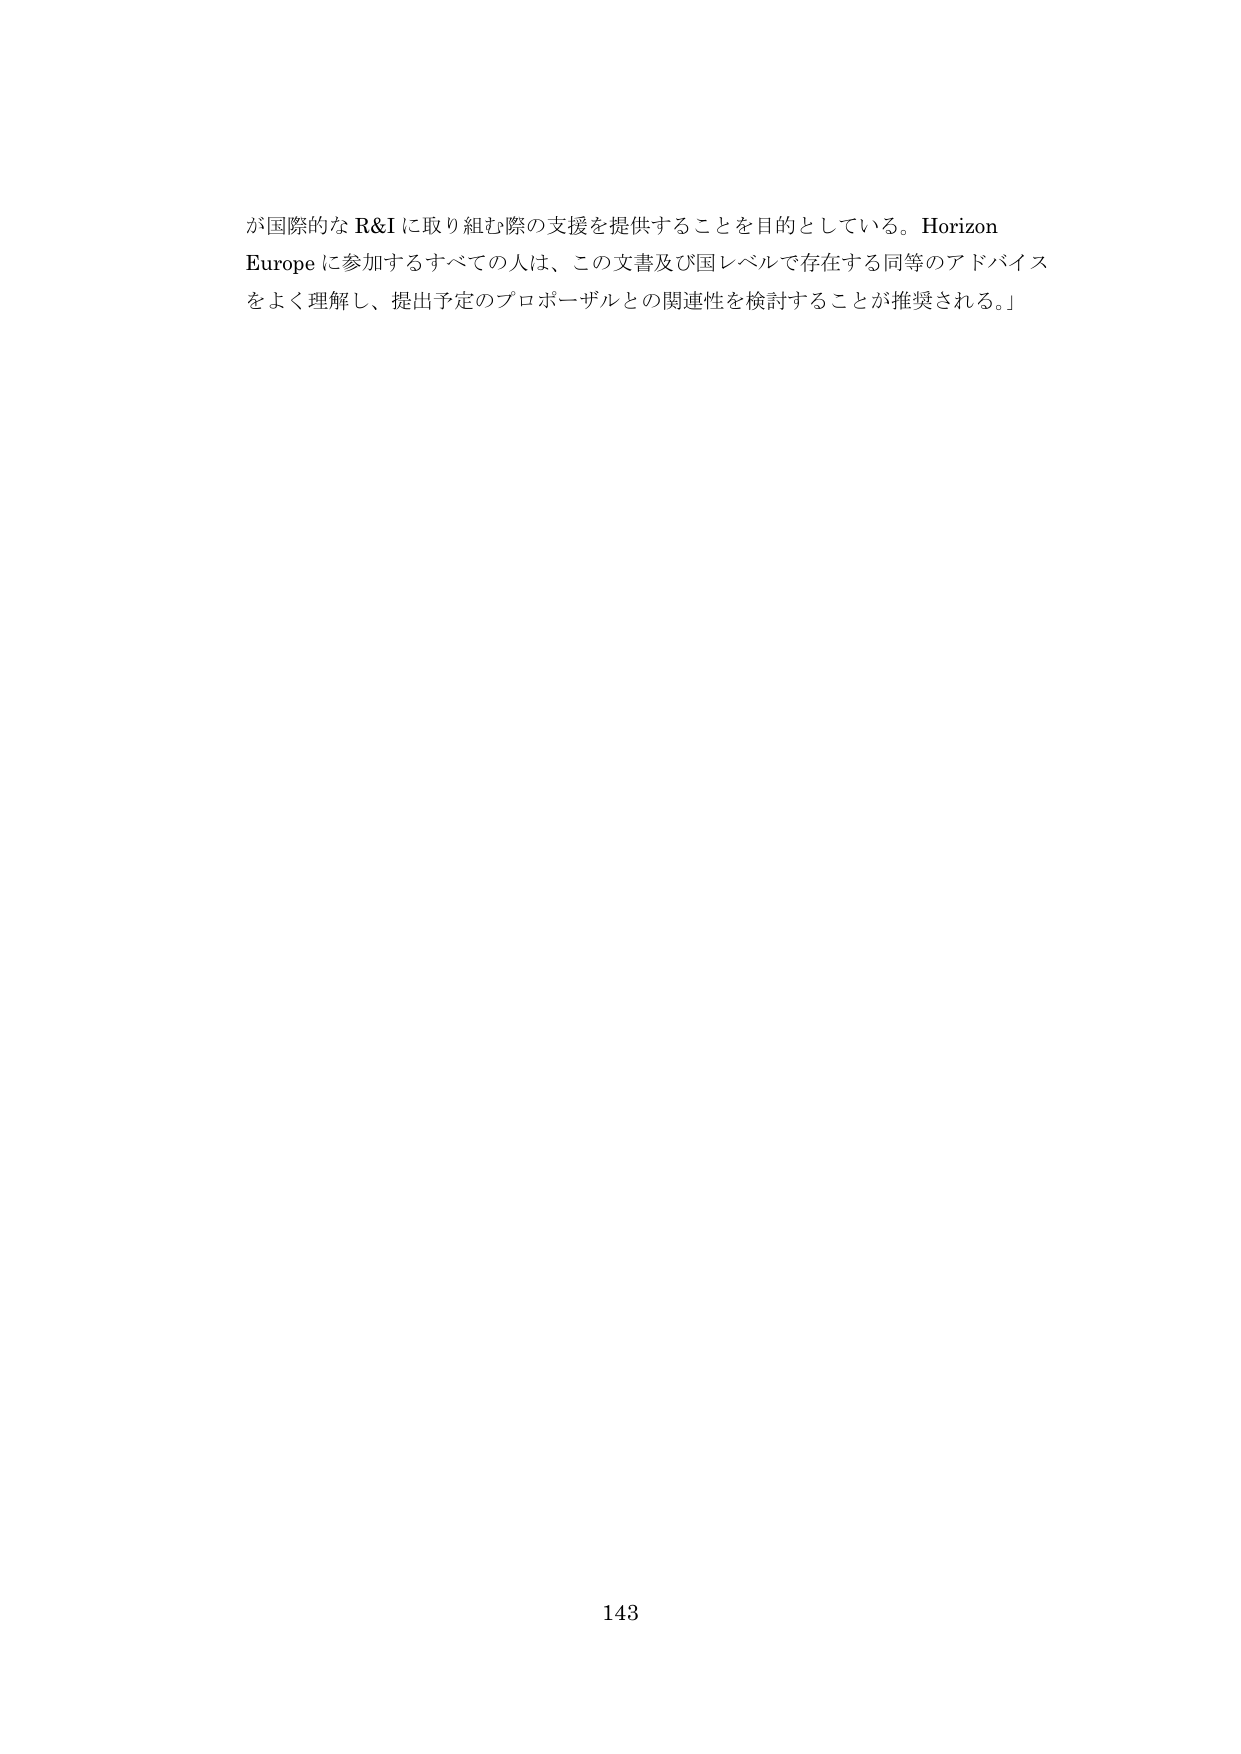
が国際的な R&I に取り組む際の支援を提供することを目的としている。Horizon Europe に参加するすべての人は、この文書及び国レベルで存在する同等のアドバイスをよく理解し、提出予定のプロポーザルとの関連性を検討することが推奨される。」

143